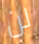
لن